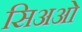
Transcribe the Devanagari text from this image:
सिअओं